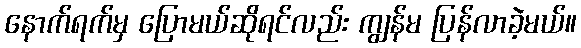
နောက်ရက်မှ ပြောမယ်ဆိုရင်လည်း ကျွန်မ ပြန်လာခဲ့မယ်။